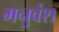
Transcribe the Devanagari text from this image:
मनुवंश